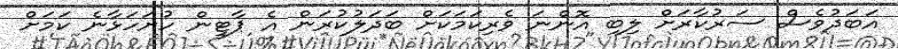
އަބަދުވެސް ސަރުކާރަށް ލިބި އޮންނަ ވެރިކަމަކަށް ބަދަލުކުރަން އެ ޕާޓީން ހުށަހަޅާނެ ކަމަށް